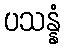
ပသန္နံ